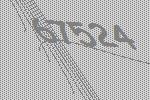
67524